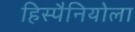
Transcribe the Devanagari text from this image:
हिस्पैनियोला